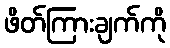
ဖိတ်ကြားချက်ကို